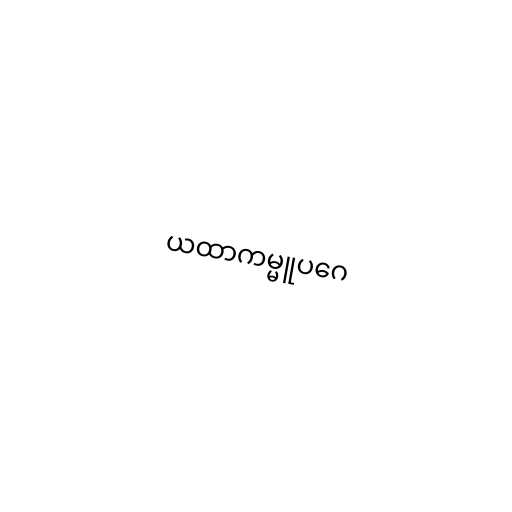
ယထာကမ္မူပဂေ